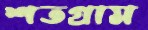
শতগ্রাম